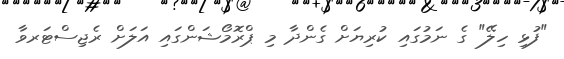
"ފުޅި ހިލޭ" ގެ ނަމުގަައި ކުރިޔަށް ގެންދާ މި ޕްރޮމޯޝަންގައި އަލަށް ރެޖިސްޓަރވާ